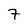
Character: 7